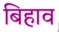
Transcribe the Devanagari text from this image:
बिहाव